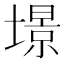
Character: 𡐹